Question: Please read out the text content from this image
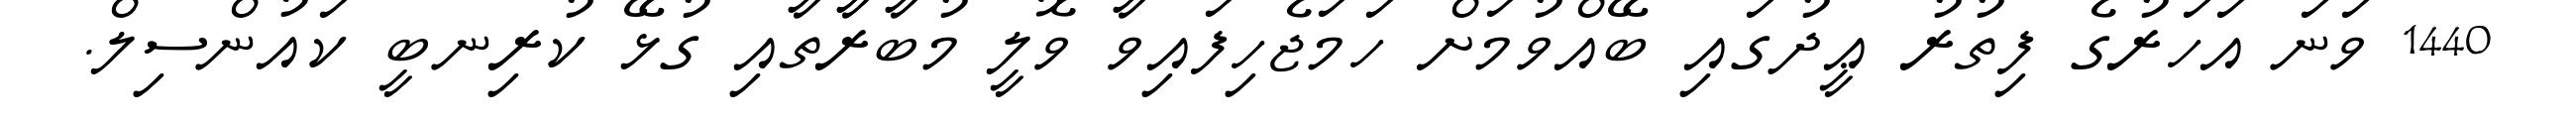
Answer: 1440 ވަނަ އަހަރުގެ ފިތުރު ޢީދުގައި ބޭއްވުމަށް ހަމަޖެހިފައިވާ ވޮލީ މުބާރާތާއި ގުޅޭ ކުރިނބީ ކައުންސިލް.